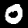
Digit: 0